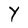
Character: Y